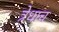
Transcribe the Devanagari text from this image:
त्रेधाच